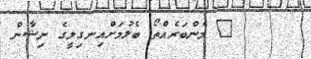
@ މެންބަރެއްތޯ ބެލުމަށްއިނގިލީގެ ނިޝާން